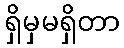
ရှိမှမရှိတာ